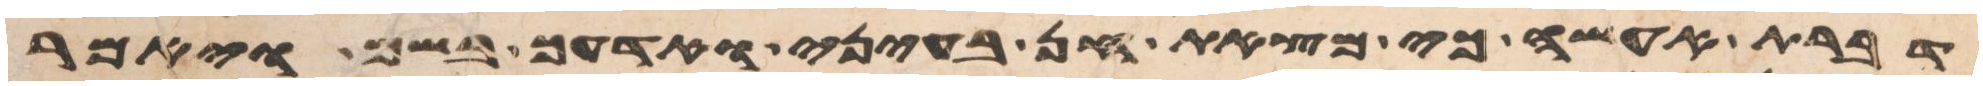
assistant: דברת אעשה כי מצאת חן בעיני ואדעך בשם ויאמר